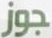
جوز